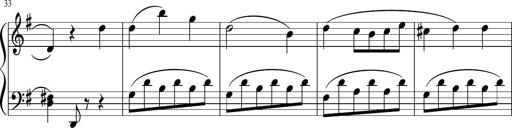
Title: 3 Sonatinen
Composer: Heinrich Lichner